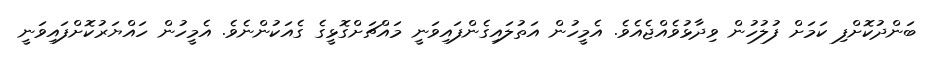
ބަންދުކޮށްފި ކަމަށް ފުލުހުން ވިދާޅުވެއްޖެއެވެ. އެމީހުން އަތުލައިގެންފައިވަނީ މައްޗަށްގޮޅީގެ ގެއަކުންނެވެ. އެމީހުން ހައްޔަރުކޮށްފައިވަނީ